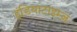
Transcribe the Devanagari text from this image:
इंडियाटाइम्‍ज़